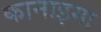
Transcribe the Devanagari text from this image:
कानाइमा